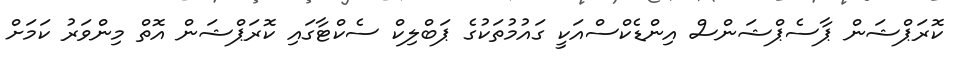
ކޮރަޕްޝަން ޕާސެޕްޝަންސް އިންޑެކްސްއަކީ ގައުމުތަކުގެ ޕަބްލިކް ސެކްޓާގައި ކޮރަޕްޝަން އޮތް މިންވަރު ކަމަށް